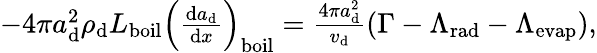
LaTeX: \begin{array}{r}{-4\pi a_{\mathrm{d}}^{2}\rho_{\mathrm{d}}L_{\mathrm{boil}}\left(\frac{\mathrm{d}a_{\mathrm{d}}}{\mathrm{d}x}\right)_{\mathrm{boil}}=\frac{4\pi a_{\mathrm{d}}^{2}}{v_{\mathrm{d}}}(\Gamma-\Lambda_{\mathrm{rad}}-\Lambda_{\mathrm{evap}}),}\end{array}